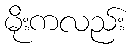
မိုးကလည်း